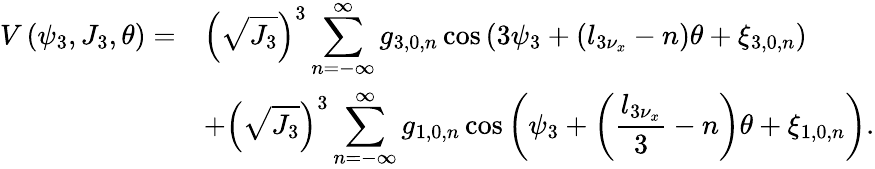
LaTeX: \begin{array}{cl}{V\left(\psi_{3},J_{3},\theta\right)=}&{\displaystyle\left(\sqrt{J_{3}}\right)^{3}\displaystyle\sum_{n=-\infty}^{\infty}{g_{3,0,n}\cos{\left(3\psi_{3}+\left(l_{3\nu_{x}}-n\right)\theta+\xi_{3,0,n}\right)}}}\\ &{\displaystyle+\left(\sqrt{J_{3}}\right)^{3}\displaystyle\sum_{n=-\infty}^{\infty}{g_{1,0,n}\cos{\left(\psi_{3}+\left(\frac{l_{3\nu_{x}}}{3}-n\right)\theta+\xi_{1,0,n}\right)}}.}\end{array}